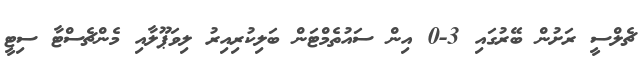
ޗެލްސީ ރަށުން ބޭރުގައި 3-0 އިން ސައުތެމްޓަން ބަލިކުރިއިރު ލިވަޕޫލާއި މެންޗެސްޓާ ސިޓީ